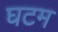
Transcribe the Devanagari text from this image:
घटम